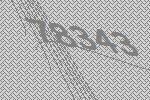
78343